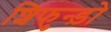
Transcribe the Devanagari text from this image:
शिफुन्ड़ो